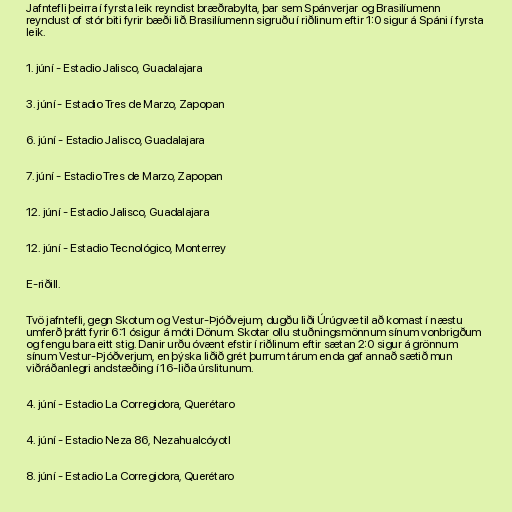
Jafntefli þeirra í fyrsta leik reyndist bræðrabylta, þar sem Spánverjar og Brasilíumenn
reyndust of stór biti fyrir bæði lið. Brasilíumenn sigruðu í riðlinum eftir 1:0 sigur á Spáni í fyrsta
leik.

1. júní - Estadio Jalisco, Guadalajara

3. júní - Estadio Tres de Marzo, Zapopan

6. júní - Estadio Jalisco, Guadalajara

7. júní - Estadio Tres de Marzo, Zapopan

12. júní - Estadio Jalisco, Guadalajara

12. júní - Estadio Tecnológico, Monterrey

E-riðill.

Tvö jafntefli, gegn Skotum og Vestur-Þjóðvejum, dugðu liði Úrúgvæ til að komast í næstu
umferð þrátt fyrir 6:1 ósigur á móti Dönum. Skotar ollu stuðningsmönnum sínum vonbrigðum
og fengu bara eitt stig. Danir urðu óvænt efstir í riðlinum eftir sætan 2:0 sigur á grönnum
sínum Vestur-Þjóðverjum, en þýska liðið grét þurrum tárum enda gaf annað sætið mun
viðráðanlegri andstæðing í 16-liða úrslitunum.

4. júní - Estadio La Corregidora, Querétaro

4. júní - Estadio Neza 86, Nezahualcóyotl

8. júní - Estadio La Corregidora, Querétaro